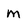
Character: m